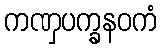
ကဏှပက္ခနဝကံ